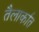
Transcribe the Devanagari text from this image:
तैलार्कात